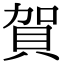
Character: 賀